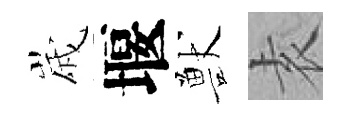
𡻕堰獸𡊮